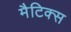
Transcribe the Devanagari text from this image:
मैटिक्स